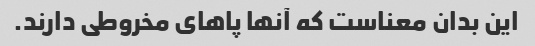
این بدان معناست که آنها پاهای مخروطی دارند.